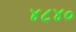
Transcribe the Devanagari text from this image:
४८४०